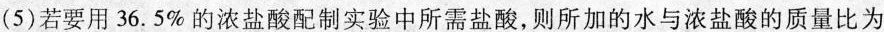
(5)若要用36.5\%的浓盐酸配制实验中所需盐酸，则所加的水与浓盐酸的质量比为